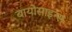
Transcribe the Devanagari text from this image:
बायोसाइन्स